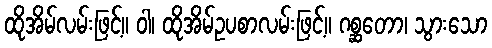
ထိုအိမ်လမ်းဖြင့်။ ဝါ၊ ထိုအိမ်ဥပစာလမ်းဖြင့်။ ဂစ္ဆတော၊ သွားသော